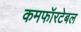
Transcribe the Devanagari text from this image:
कमफॉरटेबल